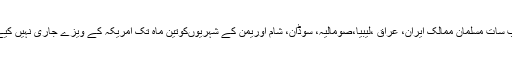
دوسری جانب سات مسلمان ممالک ایران، عراق ،لیبیا،صومالیہ، سوڈان، شام اوریمن کے شہریوںکوتین ماہ تک امریکہ کے ویزے جاری نہیں کیے جائیں گے۔